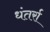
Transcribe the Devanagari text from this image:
धंतर्रा